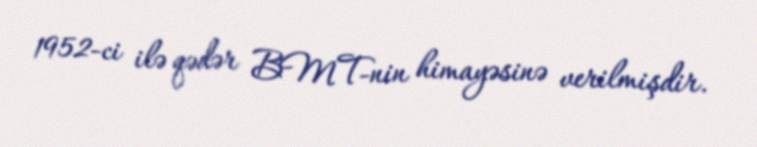
1952-ci ilə qədər BMT-nin himayəsinə verilmişdir.